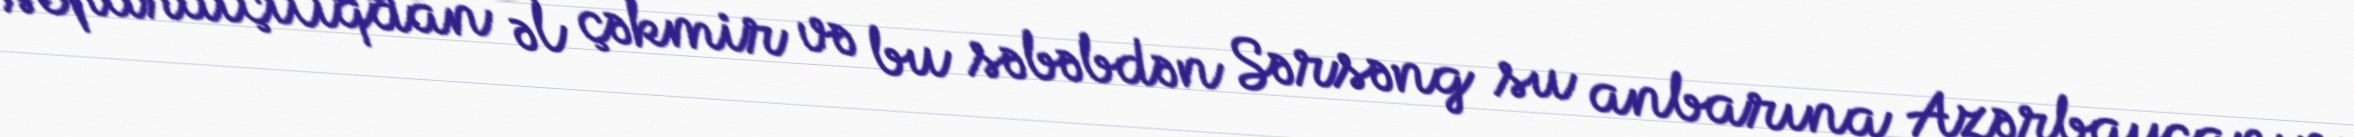
separatçılıqdan əl çəkmir və bu səbəbdən Sərsəng su anbarına Azərbaycanın